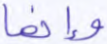
وإنما